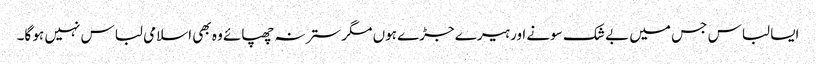
ایسا لباس جس میں بے شک سونے اور ہیرے جڑے ہوں مگر ستر نہ چھپائے وہ بھی اسلامی لباس نہیں ہو گا۔